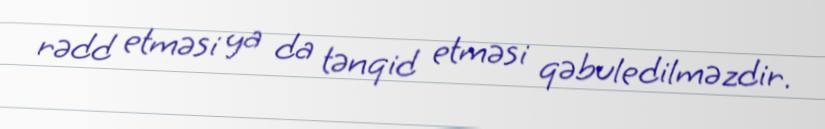
rədd etməsi ya da tənqid etməsi qəbuledilməzdir.